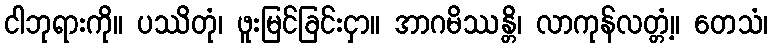
ငါဘုရားကို။ ပဿိတုံ၊ ဖူးမြင်ခြင်းငှာ။ အာဂမိဿန္တိ၊ လာကုန်လတ္တံ့။ တေသံ၊